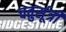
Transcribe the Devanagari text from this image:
चतुर्सूत्री